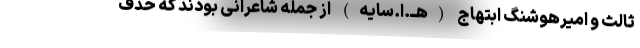
ثالث و امیرهوشنگ ابتهاج (هــ.ا.سایه) از جمله شاعرانی بودند که حذف